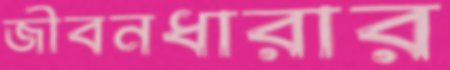
জীবনধারার